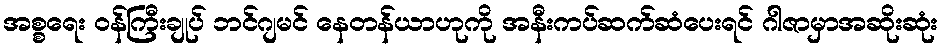
အစ္စရေး ဝန်ကြီးချုပ် ဘင်ဂျမင် နေတန်ယာဟုကို အနီးကပ်ဆက်ဆံပေးရင် ဂါဇာမှာအဆိုးဆုံး